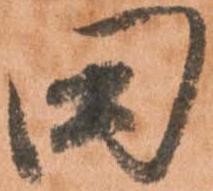
田